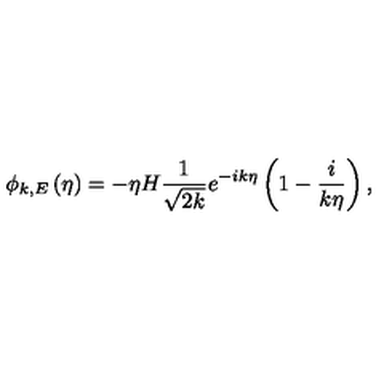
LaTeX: \phi _ { k , E } \left( \eta \right) = - \eta H \frac { 1 } { \sqrt { 2 k } } e ^ { - i k \eta } \left( 1 - \frac { i } { k \eta } \right) ,